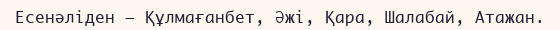
Есенәліден – Құлмағанбет, Әжі, Қара, Шалабай, Атажан.